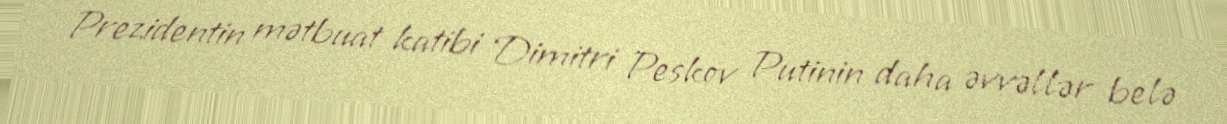
Prezidentin mətbuat katibi Dimitri Peskov Putinin daha əvvəllər belə